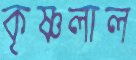
কৃষ্ণলাল